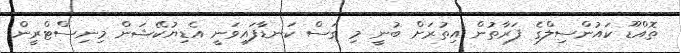
ތޮއްޑޫ ކައުންސިލްގެ ފަރާތުން އިތުރަށް ބުނީ މި ގަސް ކަނޑާފައިވަނީ އެޑިޔުކޭޝަން މިނިސްޓްރީން